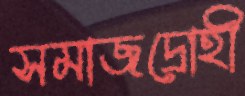
সমাজদ্রোহী